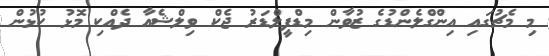
މި މެޗުގައި އިންގްލެންޑުގެ ޒުވާން މިޑްފީލްޑަރު ޖެކް ވިލްޝެއާ ދެއްކި މޮޅު ކުޅުން